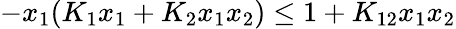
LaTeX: -x_{1}(K_{1}x_{1}+K_{2}x_{1}x_{2})\le 1+K_{12}x_{1}x_{2}